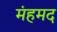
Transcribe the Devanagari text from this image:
मंहमद